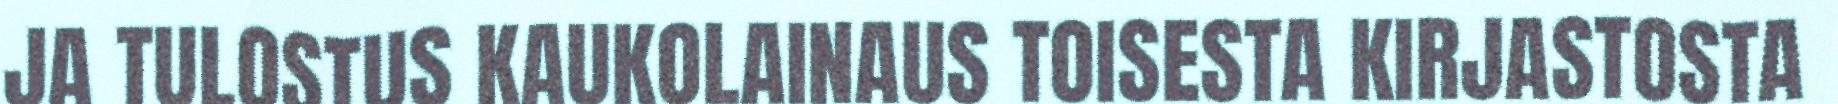
JA TULOSTUS KAUKOLAINAUS TOISESTA KIRJASTOSTA